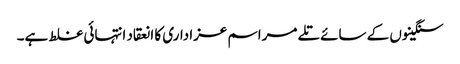
سنگینوں کے سائے تلے مراسم عزاداری کا انعقاد انتہائی غلط ہے۔